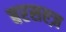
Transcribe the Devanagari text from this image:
बरसल्ज़